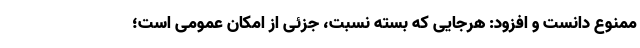
ممنوع دانست و افزود: هرجایی که بسته نسبت، جزئی از امکان عمومی است؛